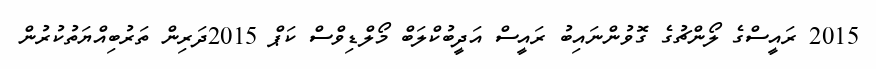
2015 ރައީސްގެ ލޯންޗުގެ ގޮވުންނައިބު ރައީސް އަދީބުކްލަބް މޯލްޑިވްސް ކަޕް 2015ދަރިން ތަރުބިއްޔަތުކުރުން